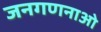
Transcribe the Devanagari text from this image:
जनगणनाओ